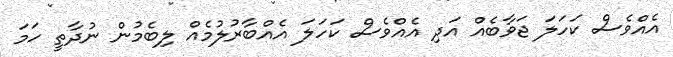
އެއްވެސް ކަހަލަ ޖަވާބެއް އަދި އެއްވެސް ކަހަލަ އެއްބާރުލުމެއް ލިބެމުން ނުދާތީ ހަމަ